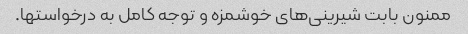
ممنون بابت شیرینی‌های خوشمزه و توجه کامل به درخواستها.